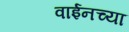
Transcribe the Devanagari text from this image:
वाईनच्या